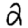
Digit: 2